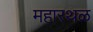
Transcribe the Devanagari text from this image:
महारथळ